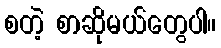
စတဲ့ စာဆိုမယ်တွေပါ။